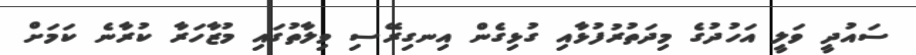
ސައުދީ ވަލީ އަހުދުގެ މިދަތުރުފުޅާއި ގުޅިގެން އިނގިރޭސި ވިލާތުގައި މުޒާހަރާ ކުރާނެ ކަމަށް